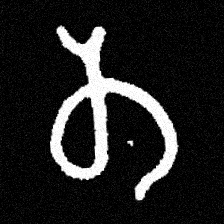
Pyu character \u2014 Myanmar letter: တ (romanized: ta)